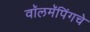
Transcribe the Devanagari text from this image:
वॉलमॅपिंगचे